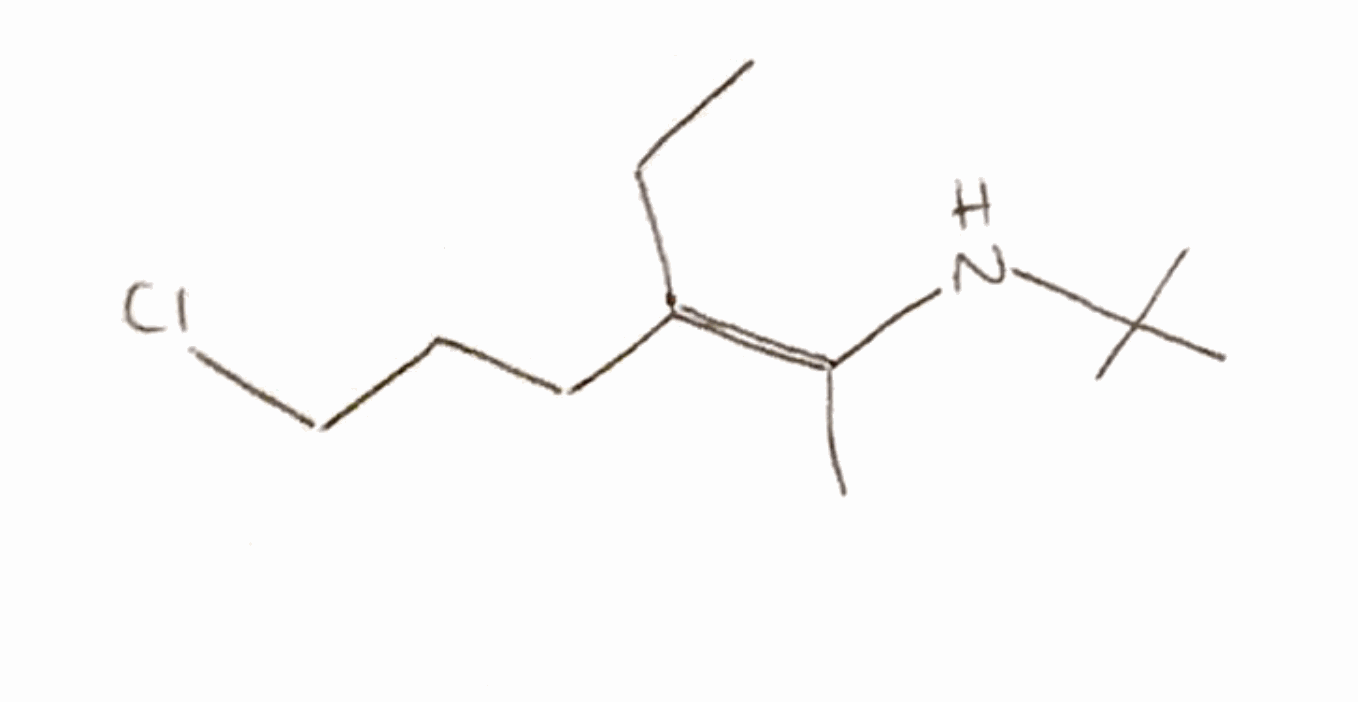
Simplified molecular-input line-entry system (SMILES) notation of the given molecule:
C/C(=C(\CCCCl)/CI)/NC(C)(C)C